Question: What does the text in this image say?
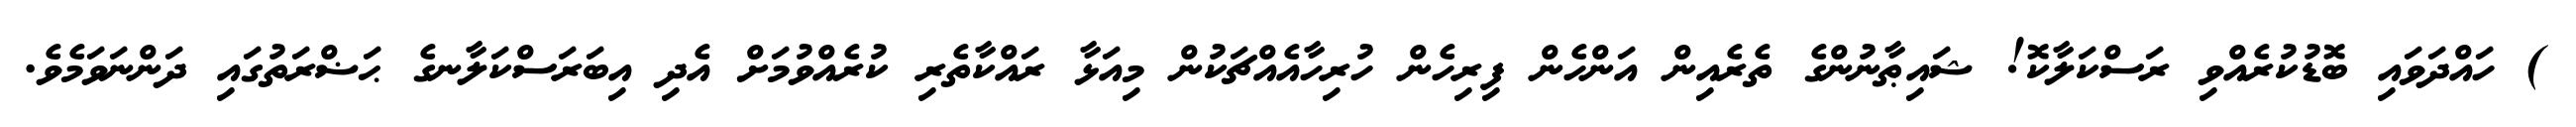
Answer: ) ހައްދަވައި ބޮޑުކުރެއްވި ރަސްކަލާކޮ! ޝައިޠާނުންގެ ތެރެއިން އަންހެން ފިރިހެން ހުރިހާއެއްޗަކުން މިއަޅާ ރައްކާތެރި ކުރެއްވުމަށް އެދި އިބަރަސްކަލާނގެ ޙަޟްރަތުގައި ދަންނަވަމެވެ.